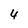
Character: 4